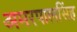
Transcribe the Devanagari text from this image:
अमरपालसिंह